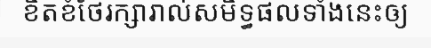
ខិតខំថែរក្សារាល់សមិទ្ធផលទាំងនេះឲ្យ